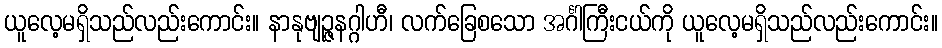
ယူလေ့မရှိသည်လည်းကောင်း။ နာနုဗျဉ္ဇနဂ္ဂါဟီ၊ လက်ခြေစသော အင်္ဂါကြီးငယ်ကို ယူလေ့မရှိသည်လည်းကောင်း။